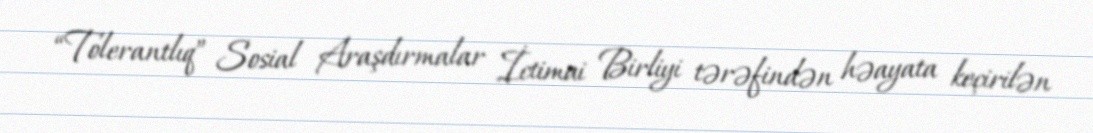
“Tolerantlıq” Sosial Araşdırmalar İctimai Birliyi tərəfindən həayata keçirilən